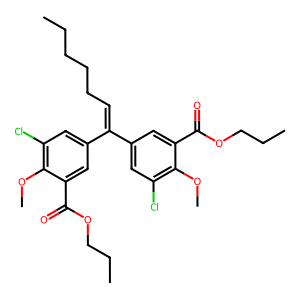
SMILES: CCCCCC=C(c1cc(Cl)c(OC)c(C(=O)OCCC)c1)c1cc(Cl)c(OC)c(C(=O)OCCC)c1
Inhibits HIV replication: No